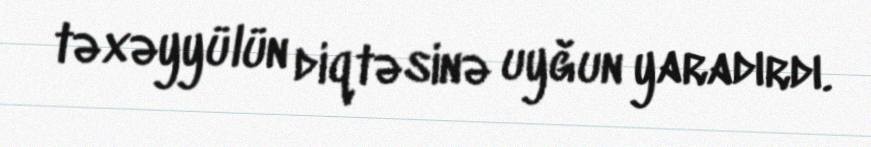
təxəyyülün diqtəsinə uyğun yaradırdı.